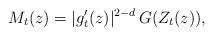
LaTeX: \begin{align*} M_t(z) = |g_t'(z)|^{2-d} \, G(Z_t(z)),\end{align*}